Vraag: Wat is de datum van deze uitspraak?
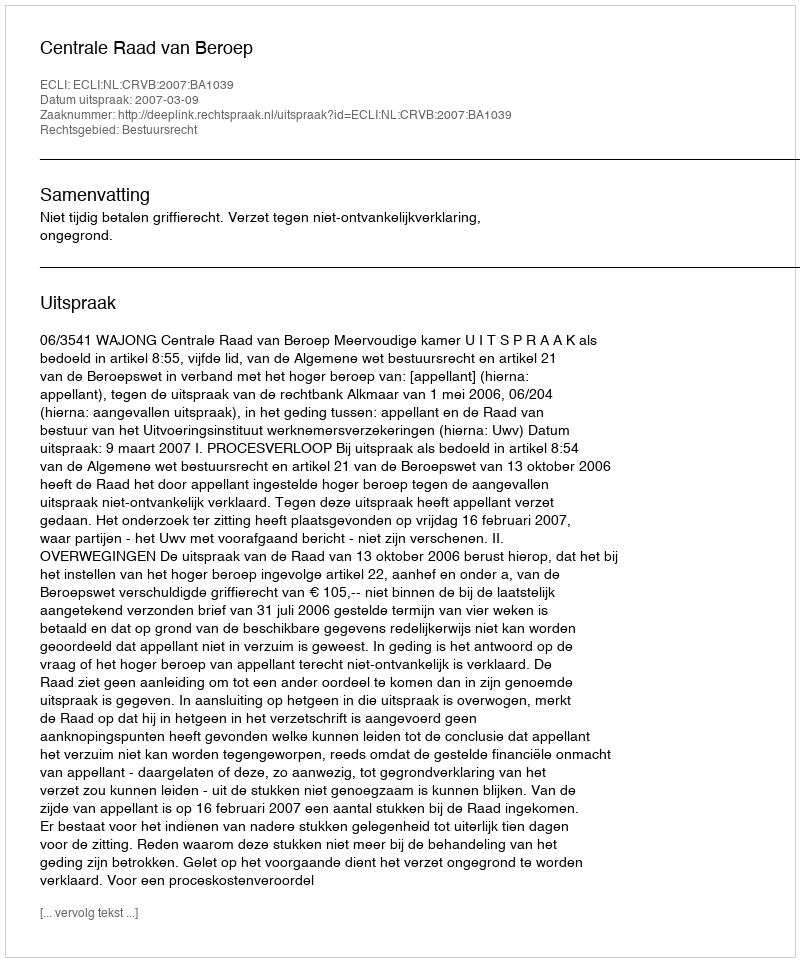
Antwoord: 2007-03-09